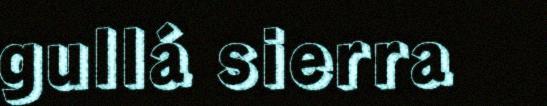
gullá sierra